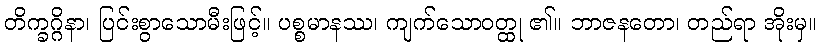
တိက္ခဂ္ဂိနာ၊ ပြင်းစွာသောမီးဖြင့်။ ပစ္စမာနဿ၊ ကျက်သောဝတ္ထု ၏။ ဘာဇနတော၊ တည်ရာ အိုးမှ။